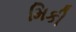
મિકી